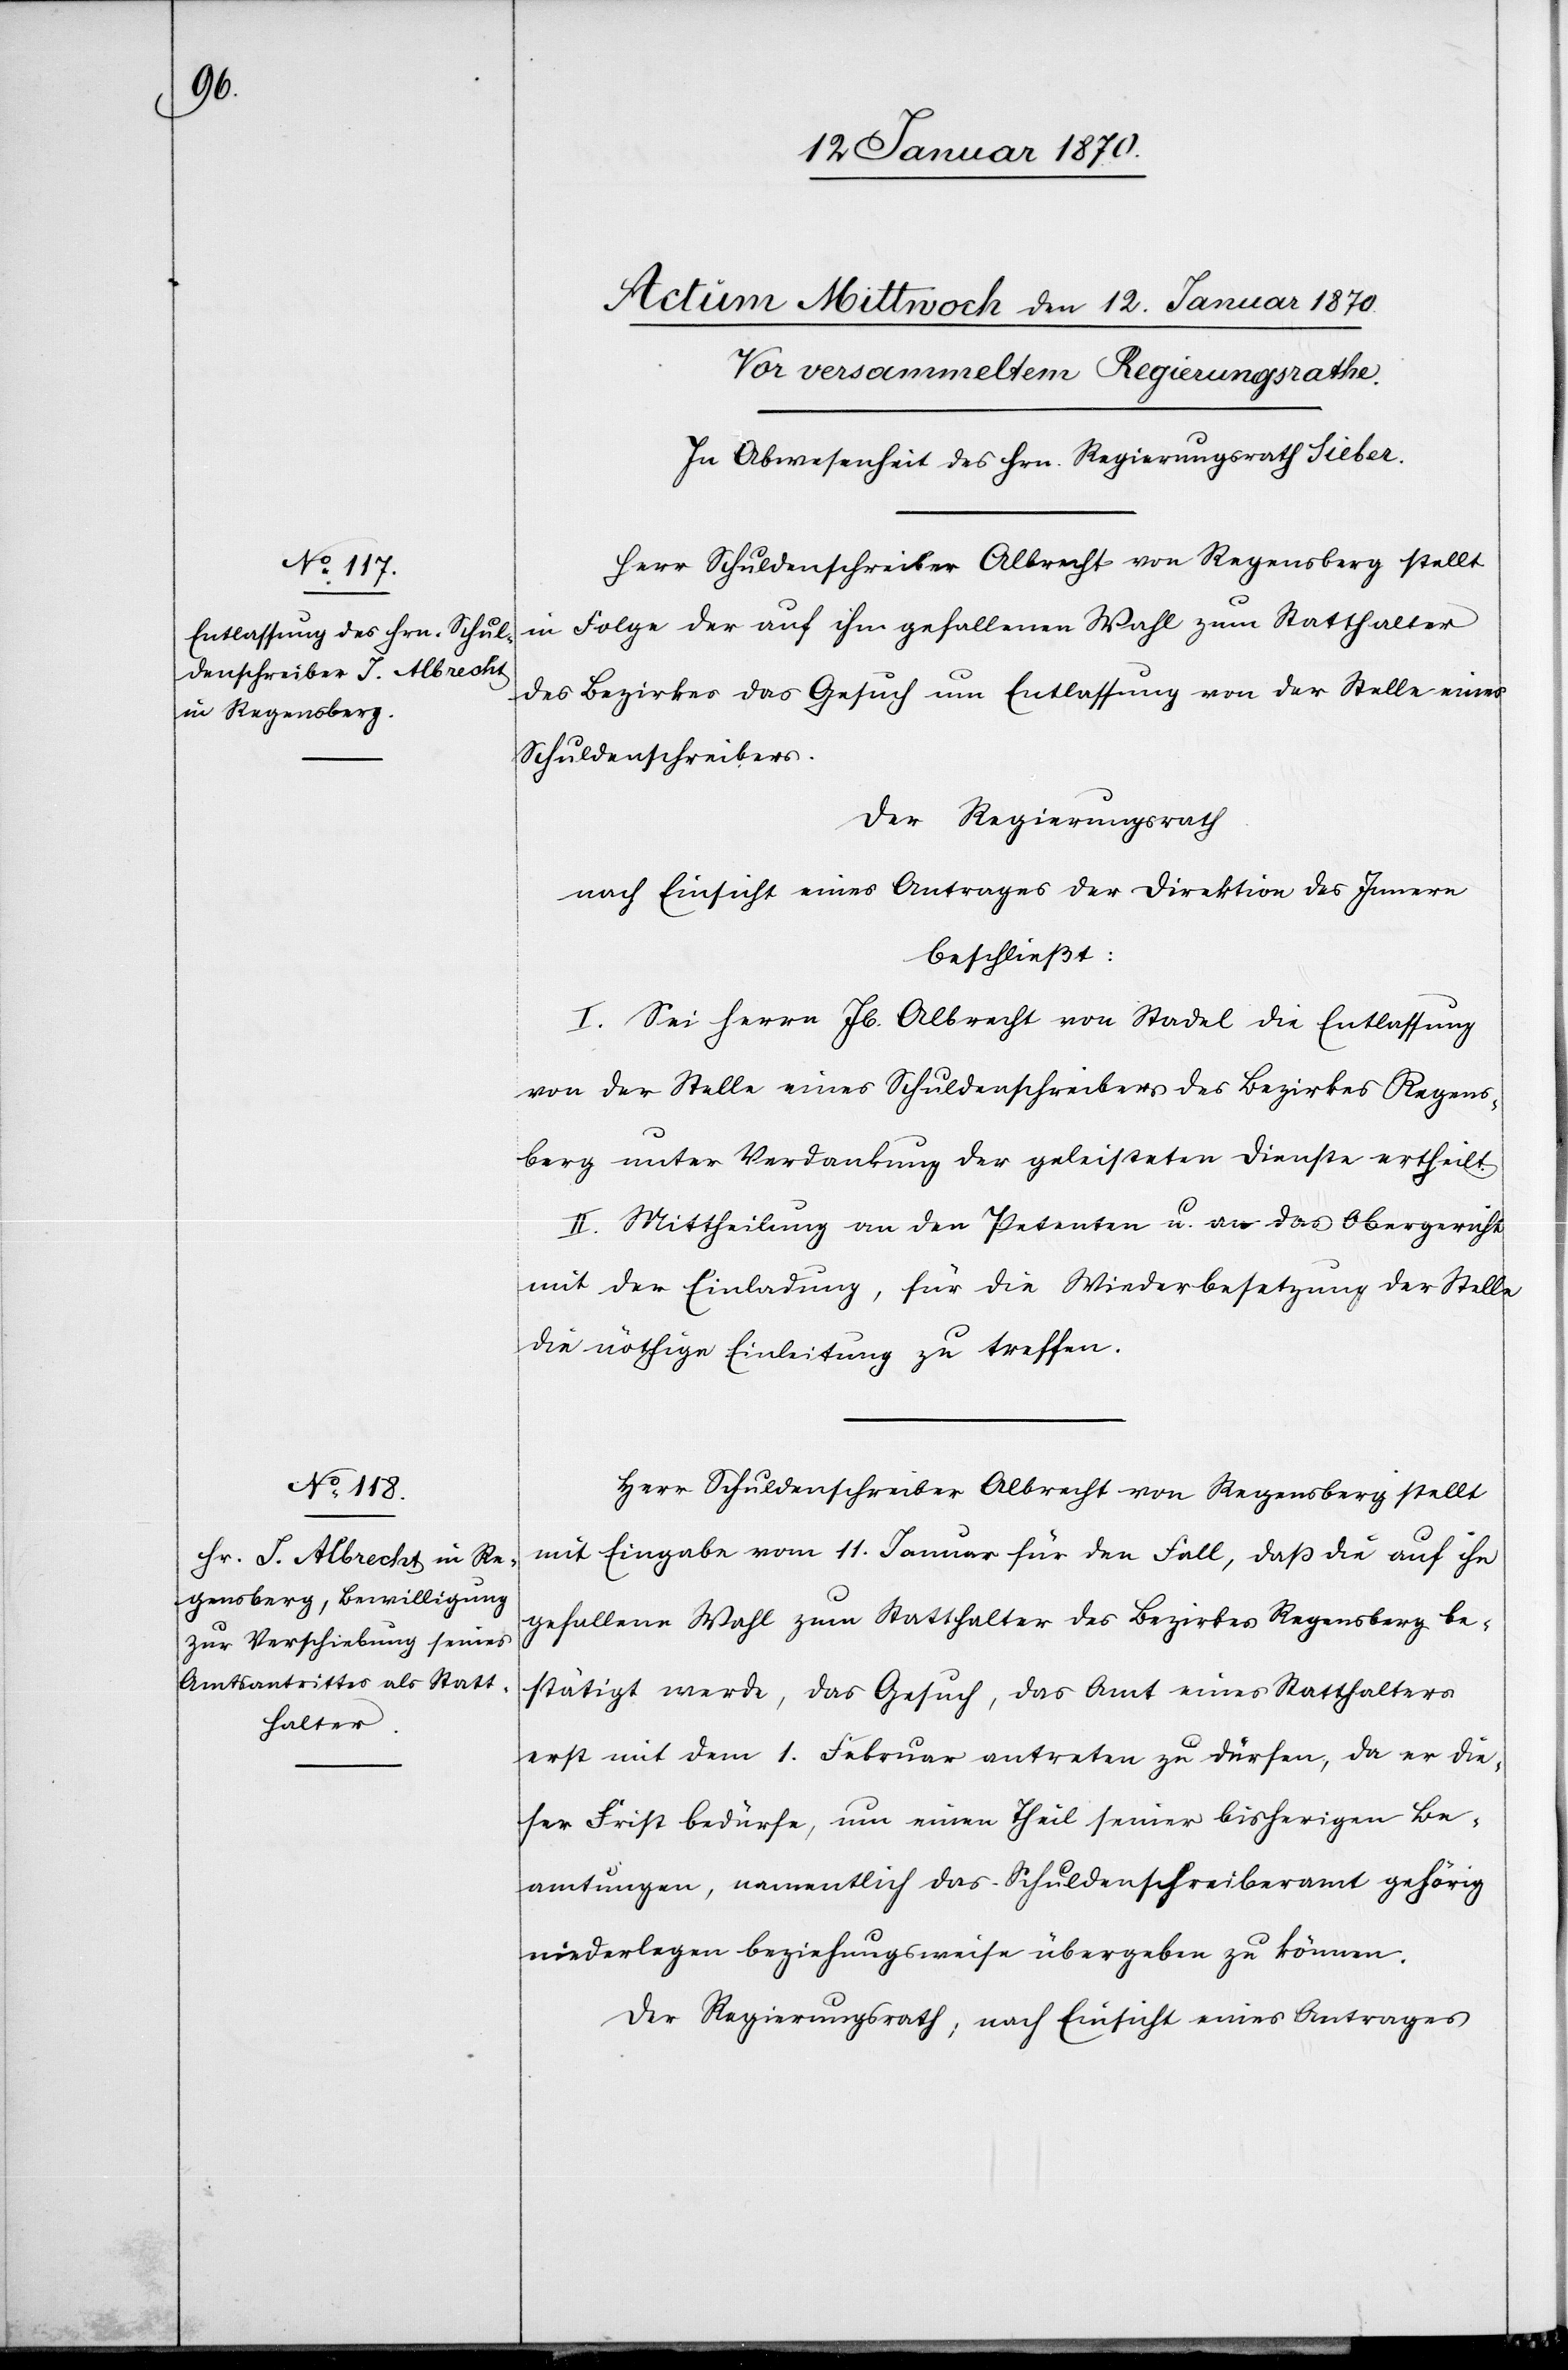
in Folge der auf ihn gefallenen Wahl zum Statthalter
des Bezirkes das Gesuch um Entlassung von der Stelle eines
Schuldenschreibers.
Der Regierungsrath
nach Einsicht eines Antrages der Direktion des Innern
beschließt:
I. Sei Herrn Jb. Albrecht von Stadel die Entlassung
von der Stelle eines Schuldenschreibers des Bezirkes Regens¬
berg unter Verdankung der geleisteten Dienste ertheilt.
II. Mittheilung an den Petenten u. an das Obergericht
mit der Einladung, für die Wiederbesetzung der Stelle
die nöthige Einleitung zu treffen.
Herr Schuldenschreiber Albrecht von Regensberg stellt
mit Eingabe vom 11. Januar für den Fall, daß die auf ihn
gefallene Wahl zum Statthalter des Bezirkes Regensberg be¬
stätigt werde, das Gesuch, das Amt eines Statthalters
erst mit dem 1. Februar antreten zu dürfen, da er die¬
ser Frist bedürfe, um einen Theil seiner bisherigen Be¬
amtungen, namentlich das Schuldenschreiberamt gehörig
niederlegen beziehungsweise übergeben zu können.
Der Regierungsrath, nach Einsicht eines Antrages